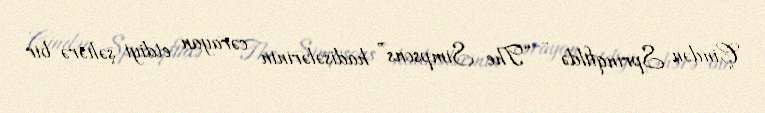
Çindən Sprinqfildə - “The Simpsons” hadisələrinin cərayan etdiyi şəhərə bir